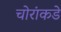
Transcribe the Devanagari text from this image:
चोरांकडे